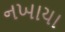
નખાયા